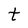
Character: t